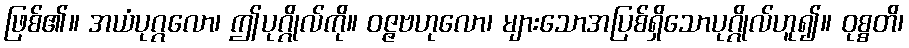
ဖြစ်၏။ အယံပုဂ္ဂလော၊ ဤပုဂ္ဂိုလ်ကို။ ဝဇ္ဇဗဟုလော၊ များသောအပြစ်ရှိသောပုဂ္ဂိုလ်ဟူ၍။ ဝုစ္စတိ၊